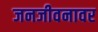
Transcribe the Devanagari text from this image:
जनजीवनावर